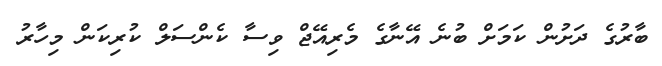
ބާރުގެ ދަށުން ކަމަށް ބުނެ އޭނާގެ މެރިއޭޖް ވިސާ ކެންސަލް ކުރިކަން މިހާރު